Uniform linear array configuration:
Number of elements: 48
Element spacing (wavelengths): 0.75
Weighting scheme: blackman
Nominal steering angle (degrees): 60
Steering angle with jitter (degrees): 61.651
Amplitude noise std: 0.05
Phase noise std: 0.05

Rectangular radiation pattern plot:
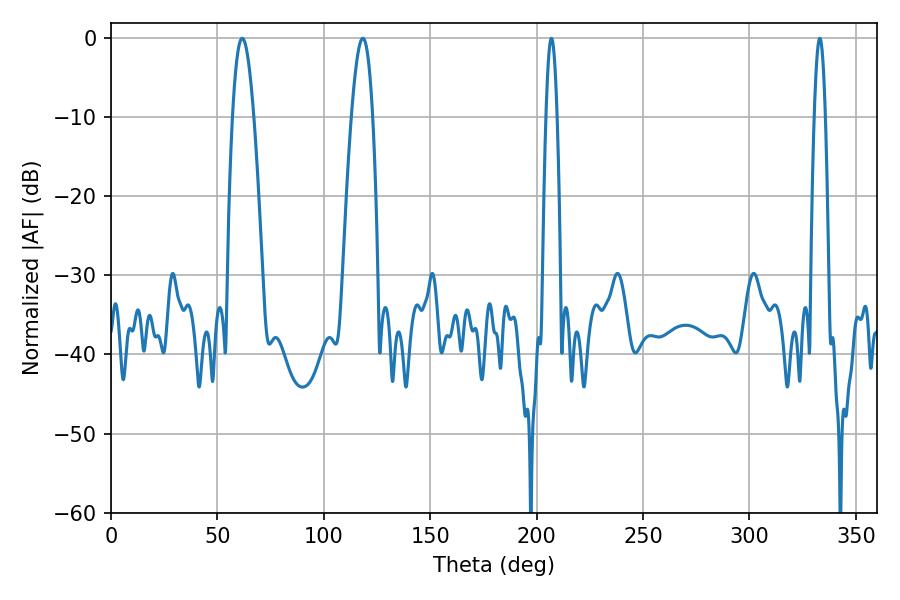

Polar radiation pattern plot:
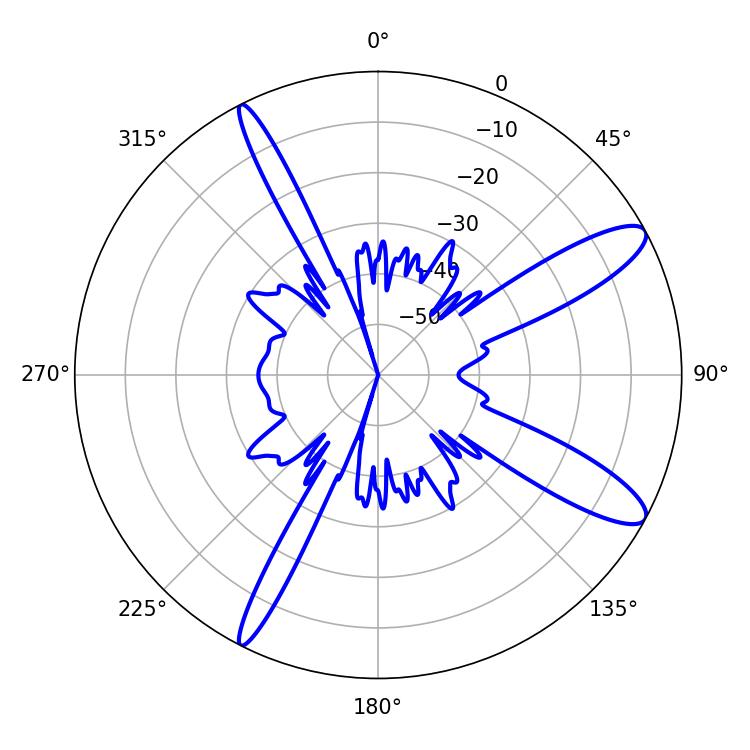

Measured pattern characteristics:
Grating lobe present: TRUE
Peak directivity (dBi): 11.775
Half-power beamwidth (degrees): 5.4
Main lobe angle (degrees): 61.74